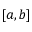
[ a , b ]